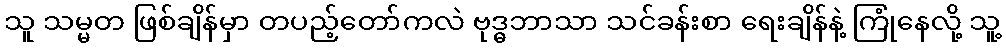
သူ သမ္မတ ဖြစ်ချိန်မှာ တပည့်တော်ကလဲ ဗုဒ္ဓဘာသာ သင်ခန်းစာ ရေးချိန်နဲ့ ကြုံနေလို့ သူ့